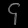
Digit: ၄